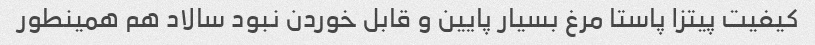
کیفیت پیتزا پاستا مرغ بسیار پایین و قابل خوردن نبود سالاد هم همینطور